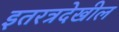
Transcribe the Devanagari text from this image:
इतरत्रदेखील